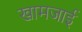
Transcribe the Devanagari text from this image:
खामजाई